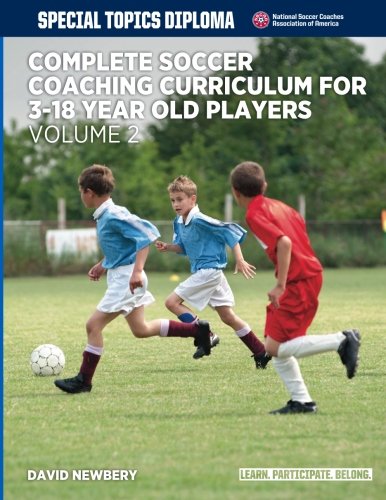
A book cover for Complete Soccer Coaching Curriculum for 3-18 year old players - volume 2 (NSCAA Player Development Curriculum); David M Newbery; Sports & Outdoors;